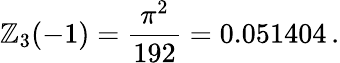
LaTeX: \mathbb{Z}_{3}(-1)=\frac{{\pi^{2}}}{{192}}=0.051404\, {.}